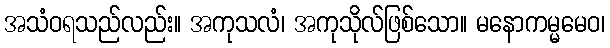
အသံဝရသည်လည်း။ အကုသလံ၊ အကုသိုလ်ဖြစ်သော။ မနောကမ္မမေဝ၊